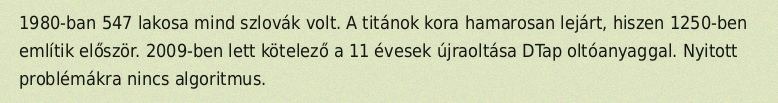
1980-ban 547 lakosa mind szlovák volt. A titánok kora hamarosan lejárt, hiszen 1250-ben említik először. 2009-ben lett kötelező a 11 évesek újraoltása DTap oltóanyaggal. Nyitott problémákra nincs algoritmus.